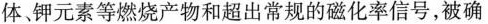
体、钾元素等燃烧产物和超出常规的磁化率信号，被确